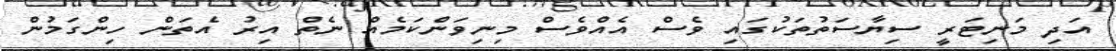
އަދި މަނިޓަރީ ސިޔާސަތުތަކުގައި ވެސް އެއްވެސް މިނިވަންކަމެއް ނެތް އިރު އެތަން ހިންގަމުން